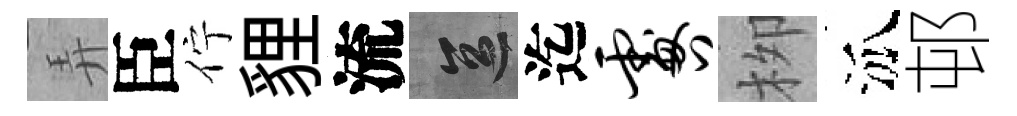
弄臣佇貍流區迄咎栁泒邨